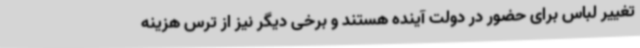
تغییر لباس برای حضور در دولت آینده هستند و برخی دیگر نیز از ترس هزینه